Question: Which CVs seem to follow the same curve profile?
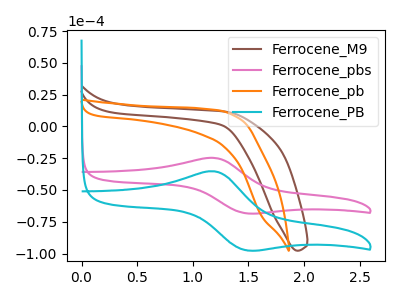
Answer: <think>The brown curve "Ferrocene_M9" has no peaks. The pink curve "Ferrocene_pbs" has an anodic peak at (1.20V, -24.80uA) and a cathodic peak at (1.50V, -68.35uA). The orange curve "Ferrocene_pb" has no peaks. The cyan curve "Ferrocene_PB" has an anodic peak at (1.20V, -35.35uA) and a cathodic peak at (1.50V, -97.45uA).
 "Ferrocene_M9" and "Ferrocene_pbs" have a different number of peaks. Neither "Ferrocene_M9" or "Ferrocene_pb" have any peaks. "Ferrocene_M9" and "Ferrocene_PB" have a different number of peaks. "Ferrocene_pbs" and "Ferrocene_pb" have a different number of peaks. All the peaks in "Ferrocene_pbs" have a peak in "Ferrocene_PB" at the same potential. "Ferrocene_pb" and "Ferrocene_PB" have a different number of peaks.</think>
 <answer>"Ferrocene_PB" and "Ferrocene_pbs" have the same shape and are likely CV's of the same chemical.</answer>
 <eval>"Ferrocene_PB" "Ferrocene_pbs"</eval>